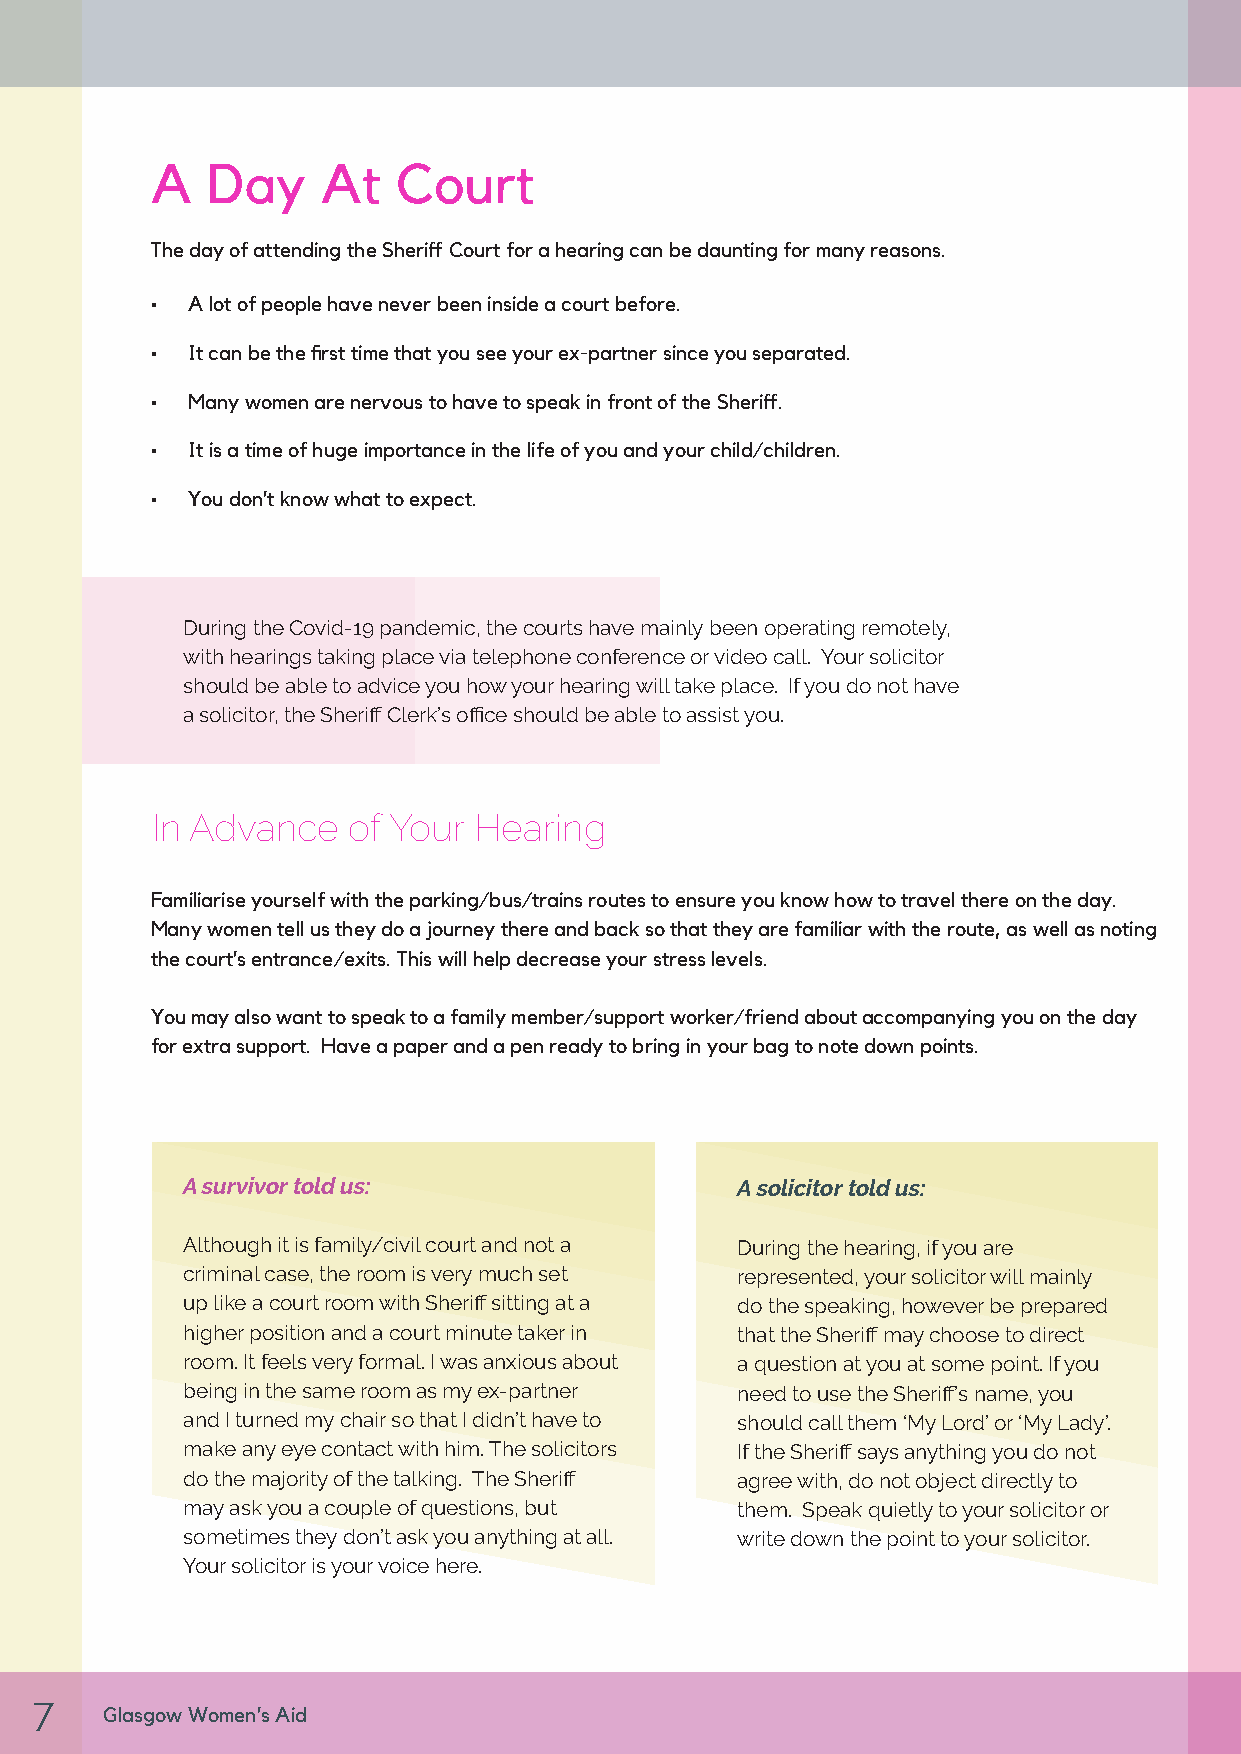
A   Day    At   Court
 The day of attending the Sheriff Court for a hearing can be daunting for many reasons.
 • A lot of people have never been inside a court before.
 • It can be the first time that you see your ex-partner since you separated.
 • Many women are nervous to have to speak in front of the Sheriff.
 • It is a time of huge importance in the life of you and your child/children.
 • You don’t know what to expect.
 During the Covid-19 pandemic, the courts have mainly been operating remotely,
 with hearings taking place via telephone conference or video call. Your solicitor
 should be able to advice you how your hearing will take place. If you do not have
 a solicitor, the Sheriff Clerk’s office should be able to assist you.
 In Advance   of Your Hearing
 Familiarise yourself with the parking/bus/trains routes to ensure you know how to travel there on the day.
 Many women tell us they do a journey there and back so that they are familiar with the route, as well as noting
 the court’s entrance/exits. This will help decrease your stress levels.
 You may also want to speak to a family member/support worker/friend about accompanying you on the day
 for extra support. Have a paper and a pen ready to bring in your bag to note down points.
 A survivor told us:                  A solicitor told us:
 Although it is family/civil court and not a During the hearing, if you are
 criminal case, the room is very much set represented, your solicitor will mainly
 up like a court room with Sheriff sitting at a do the speaking, however be prepared
 higher position and a court minute taker in that the Sheriff may choose to direct
 room. It feels very formal. I was anxious about a question at you at some point. If you
 being in the same room as my ex-partner need to use the Sheriff’s name, you
 and I turned my chair so that I didn’t have to should call them ‘My Lord’ or ‘My Lady’.
 make any eye contact with him. The solicitors If the Sheriff says anything you do not
 do the majority of the talking. The Sheriff agree with, do not object directly to
 may ask you a couple of questions, but them. Speak quietly to your solicitor or
 sometimes they don’t ask you anything at all. write down the point to your solicitor.
 Your solicitor is your voice here.
 7
 Glasgow Women’s Aid